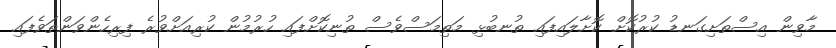
މާވިން އިސްތަށިގަނޑު ކުރުކޮށް ކޮށާލައިފައި ތުނބުޅި މަތިމަސްވެސް ތުނިކޮށްފައި ހުރުމުން ކުރިއަށްވުރެ ފިރިހެންވަންތަވެފައި